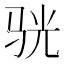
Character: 𫘡